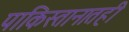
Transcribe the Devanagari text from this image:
पाकिस्तानातही